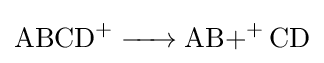
{\ce {ABCD+ -> {AB+}+ CD}}